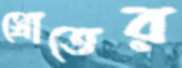
স্রোতের